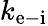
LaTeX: k_{\mathrm{e-i}}